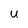
Character: u